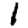
Digit: 1